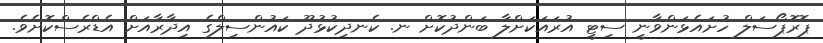
ޕޮރޮޕޯސަލް ހުށައެޅަންވާނީ ސިޓީ އުރައަކަށްލާ ބަންދުކޮށް ނ. ކެނދިކުޅުދޫ ކައުންސިލްގެ އިދާރާއަށް އެޑްރެސްކޮށެވެ.